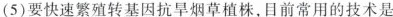
(5)要快速繁殖转基因抗旱烟草植株，目前常用的技术是